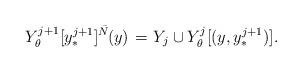
LaTeX: \begin{align*}Y_{\theta}^{j+1}[y^{j+1}_*]^{\bar{N}}\mkern-2mu(y)\mkern1.5mu=\mkern1.5mu Y_j \cup Y_{\theta}^j[(y, y^{j+1}_*)].\end{align*}